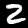
Label: 2